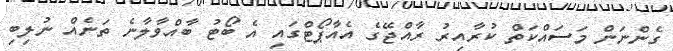
ގެންނަން މަސައްކަތް ކުރާއިރު ރާއްޖޭގެ އެއާޕޯޓްގައި އެ ބޯޓު ބާއްވާލާނެ ތަނެއް ނުލިބި